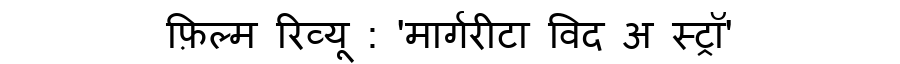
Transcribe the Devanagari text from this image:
फ़िल्म रिव्यू : 'मार्गरीटा विद अ स्ट्रॉ'